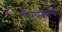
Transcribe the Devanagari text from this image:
निराळ्याच